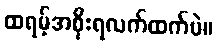
ထရမ့်အစိုးရလက်ထက်ပဲ။